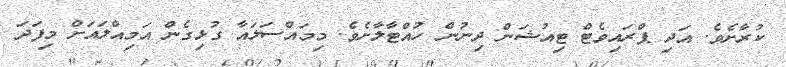
ކުރާށެވެ. އަދި ޕްރައިވެޓް ޓިއުޝަން ދިނުން ހުއްޓާލާށެވެ. މިމައްސަލައާ ގުޅިގެން އަމިއްލައަށް މިފަދަ